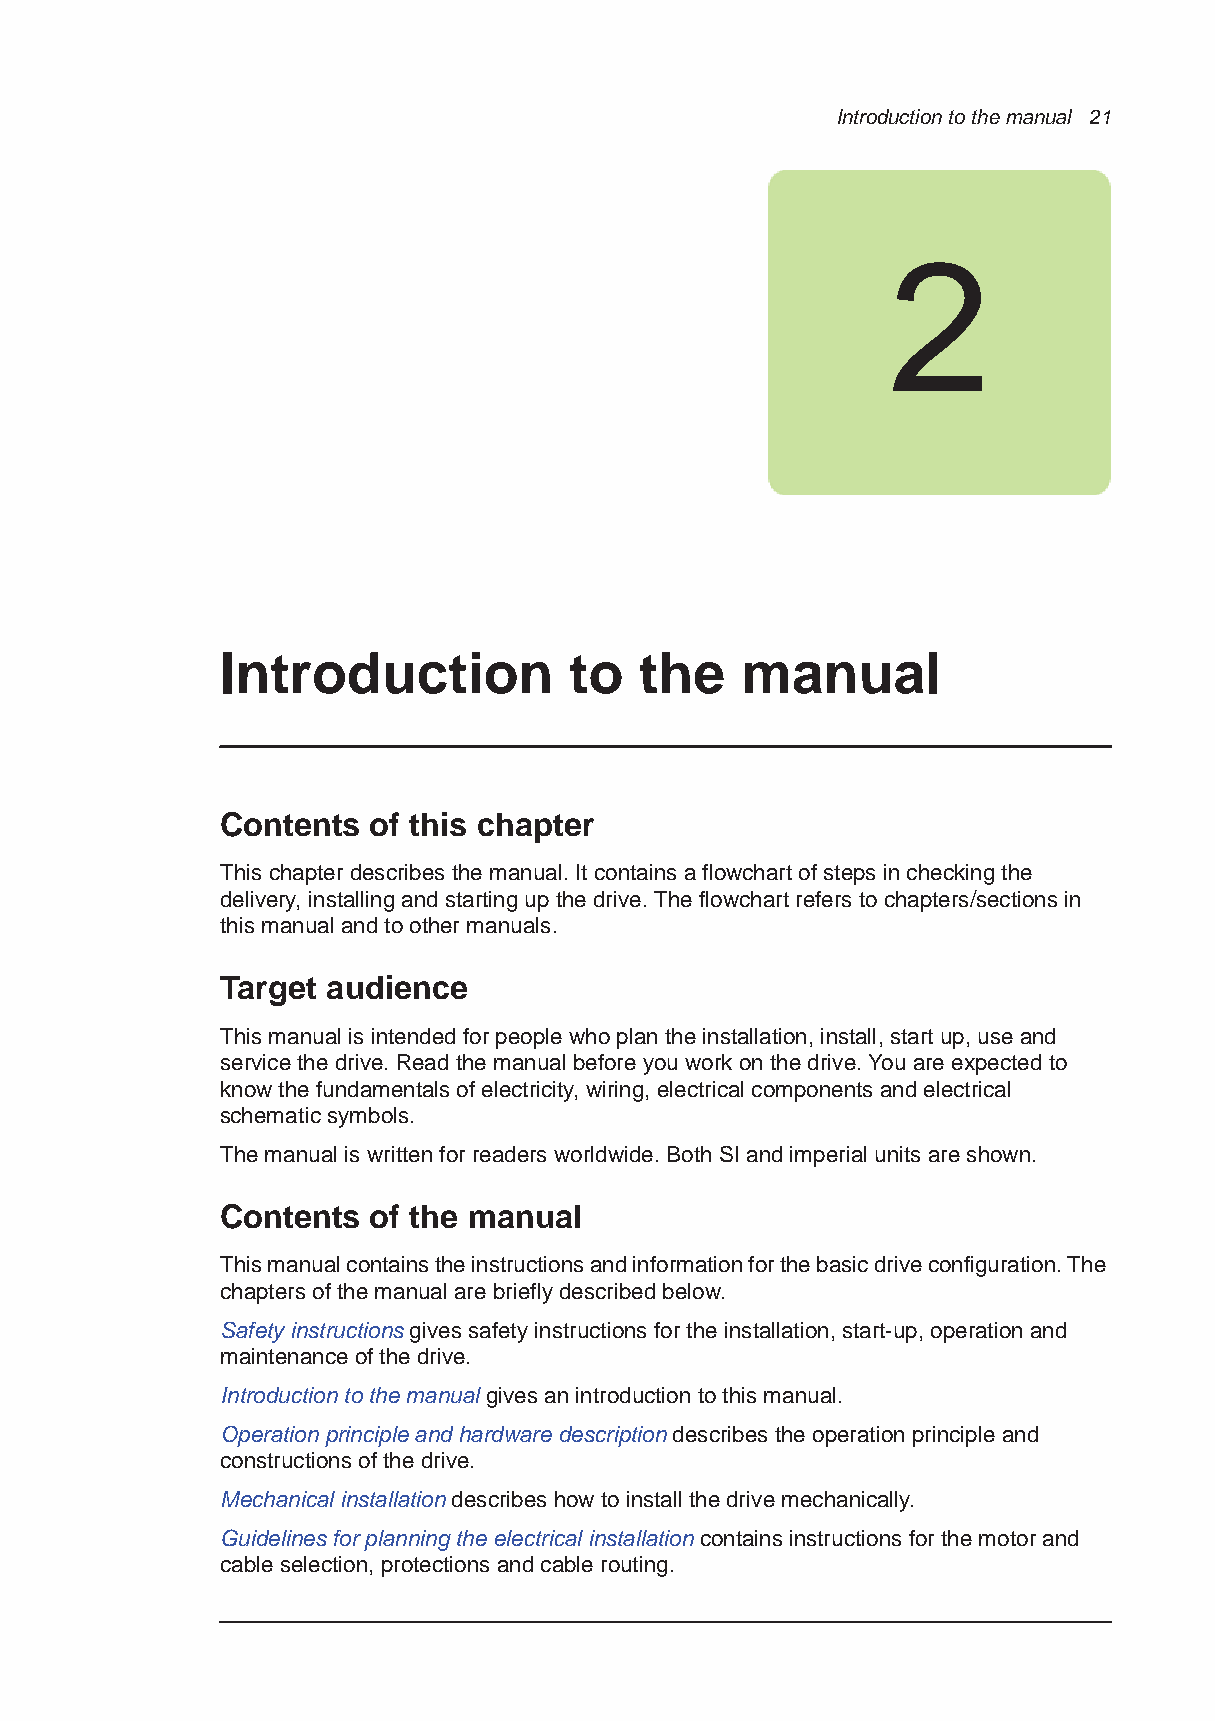
Introduction to the manual 21
 2
 Introduction           to  the    manual
 Contents of this chapter
 This chapter describes the manual. It contains a flowchart of steps in checking the
 delivery, installing and starting up the drive. The flowchart refers to chapters/sections in
 this manual and to other manuals.
 Target audience
 This manual is intended for people who plan the installation, install, start up, use and
 service the drive. Read the manual before you work on the drive. You are expected to
 know the fundamentals of electricity, wiring, electrical components and electrical
 schematic symbols.
 The manual is written for readers worldwide. Both SI and imperial units are shown.
 Contents of the manual
 This manual contains the instructions and information for the basic drive configuration. The
 chapters of the manual are briefly described below.
 Safety instructions gives safety instructions for the installation, start-up, operation and
 maintenance of the drive.
 Introduction to the manual gives an introduction to this manual.
 Operation principle and hardware description describes the operation principle and
 constructions of the drive.
 Mechanical installation describes how to install the drive mechanically.
 Guidelines for planning the electrical installation contains instructions for the motor and
 cable selection, protections and cable routing.